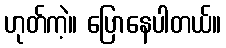
ဟုတ်ကဲ့။ ပြောနေပါတယ်။